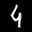
Label: 4